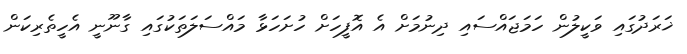
ޚަރަދުގައި ވަކީލުން ހަމަޖައްސައި ދިނުމަށް އެ އޮފީހަށް ހުށަހަޅާ މައްސަލަތަކުގައި ގާނޫނީ އެހީތެރިކަން